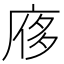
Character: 㢋